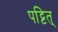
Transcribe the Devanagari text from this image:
पट्टित्